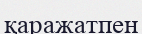
қаражатпен